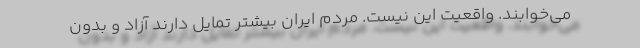
می‌خوابند. واقعیت این نیست. مردم ایران بیشتر تمایل دارند آزاد و بدون